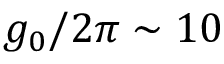
g _ { 0 } / 2 \pi \sim 1 0